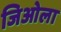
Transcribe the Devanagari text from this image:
जिओला